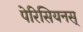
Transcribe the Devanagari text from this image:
पेरिसियनस्